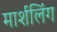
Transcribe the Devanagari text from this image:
मार्शलिंग